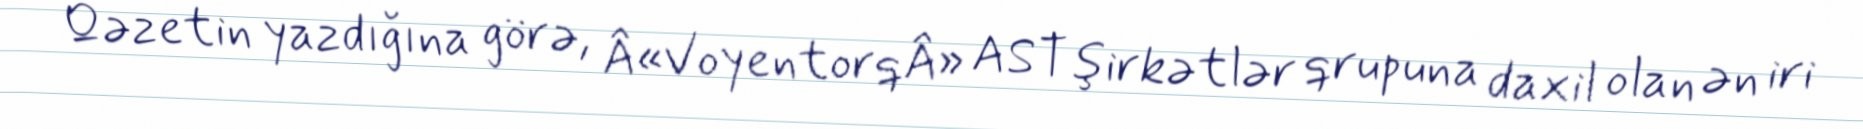
Qəzetin yazdığına görə, Â«VoyentorqÂ» AST şirkətlər qrupuna daxil olan ən iri